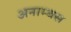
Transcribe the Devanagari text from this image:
अनाम्बस